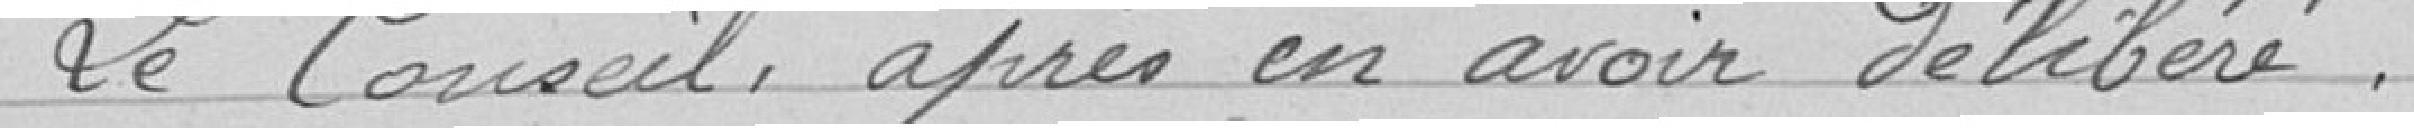
Le Conseil, après en avoir délibéré